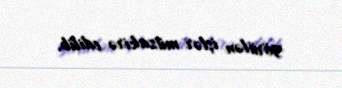
görülən işlər müzakirə edilib.